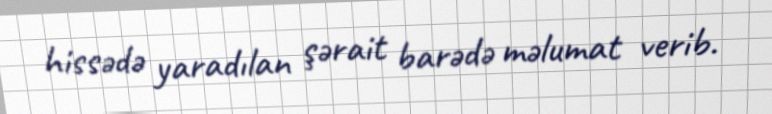
hissədə yaradılan şərait barədə məlumat verib.